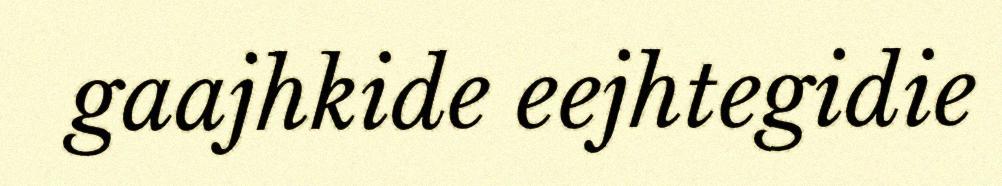
gaajhkide eejhtegidie